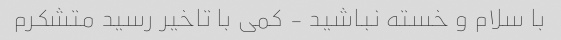
با سلام و خسته نباشید - کمی با تاخیر رسید متشکرم